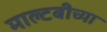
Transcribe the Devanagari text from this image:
माल्टबीच्या